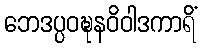
ဘေဒပ္ပဝဍ္ဎနဝိဝါဒကာရိံ